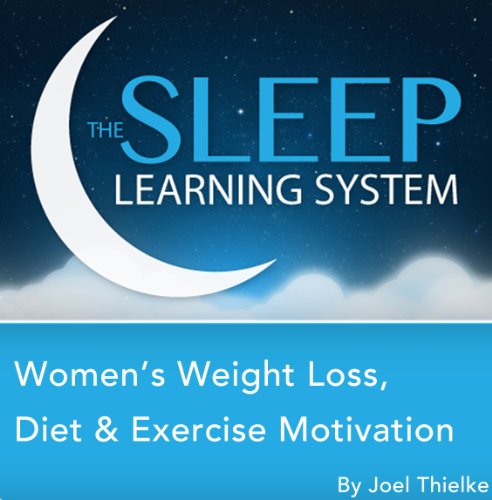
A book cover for Women's Weight Loss, Diet, and Exercise Motivation with Hypnosis, Meditation, Relaxation, and Affirmations (The Sleep Learning System); Joel Thielke; Health, Fitness & Dieting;